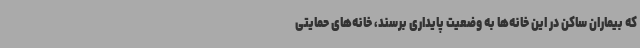
که بیماران ساکن در این خانه‌ها به وضعیت پایداری برسند، خانه‌های حمایتی